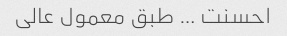
احسنت … طبق معمول عالی